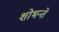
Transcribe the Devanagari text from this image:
शोभन्ते